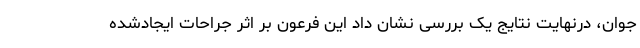
جوان، درنهایت نتایج یک بررسی نشان داد این فرعون بر اثر جراحات ایجادشده